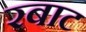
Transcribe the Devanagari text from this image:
रबाट